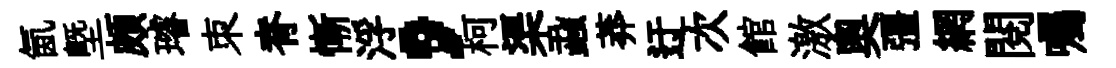
氤塈頗璿朿脊慚浮，柯渠蝨莽迂次館激奥彊網閱囑